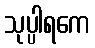
သုပ္ပါရကေ